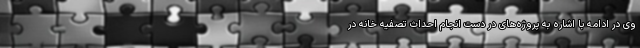
وی در ادامه با اشاره به پروژه‌های در دست انجام احداث تصفیه خانه در